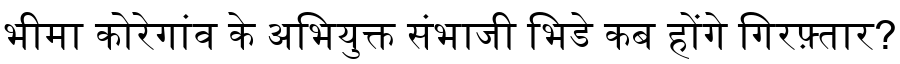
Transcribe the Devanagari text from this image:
भीमा कोरेगांव के अभियुक्त संभाजी भिडे कब होंगे गिरफ़्तार?